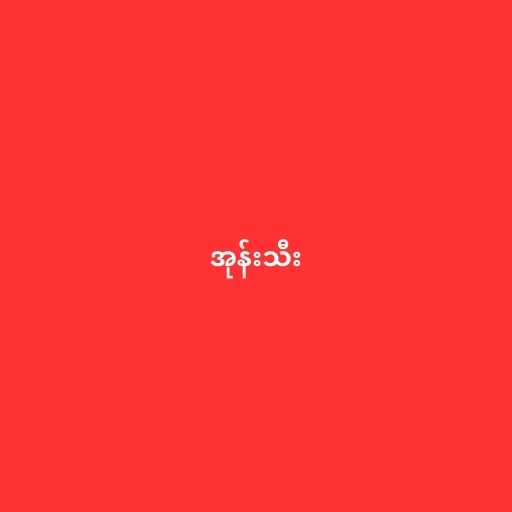
အုန်းသီး